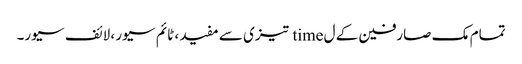
تمام مک صارفین کے ل time تیزی سے مفید ، ٹائم سیور ، لائف سیور۔